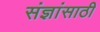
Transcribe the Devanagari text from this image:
संज्ञांसाठी